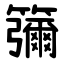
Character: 䉲